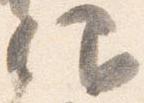
仰